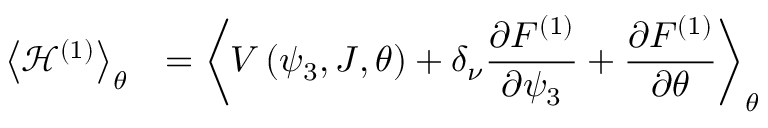
\begin{array} { c l } { \left< { \mathcal { H } ^ { \left( 1 \right) } } \right> _ { \theta } } & { = \displaystyle \left< { V \left( \psi _ { 3 } , J , \theta \right) + \delta _ { \nu } \frac { \partial F ^ { ( 1 ) } } { \partial \psi _ { 3 } } + \frac { \partial F ^ { ( 1 ) } } { \partial \theta } } \right> _ { \theta } } \end{array}